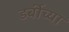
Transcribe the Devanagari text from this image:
डर्बीच्या